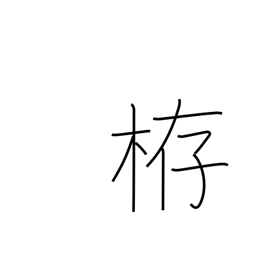
Meaning: weir